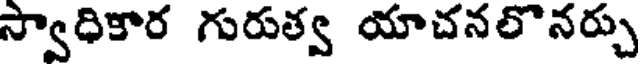
స్వాధికార గురుత్వ యాచనలొనర్చు